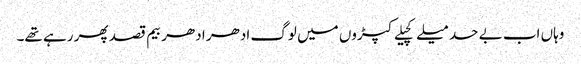
وہاں اب بے حد میلے کچیلے کپڑوں میں لوگ ادھر ادھر بیم قصد پھر رہے تھے۔